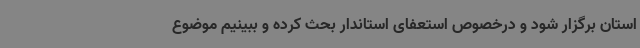
استان برگزار شود و درخصوص استعفای استاندار بحث کرده و ببینیم موضوع